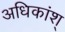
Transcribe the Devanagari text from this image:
अधिकांश्